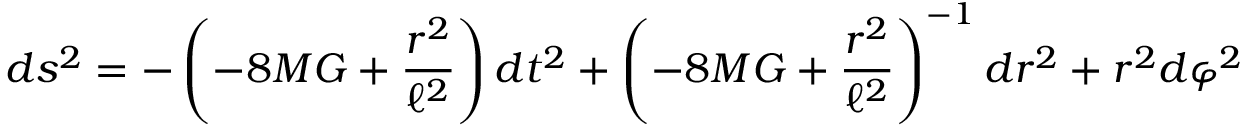
d s ^ { 2 } = - \left( - 8 M G + \frac { r ^ { 2 } } { \ell ^ { 2 } } \right) d t ^ { 2 } + \left( - 8 M G + \frac { r ^ { 2 } } { \ell ^ { 2 } } \right) ^ { - 1 } d r ^ { 2 } + r ^ { 2 } d \varphi ^ { 2 }